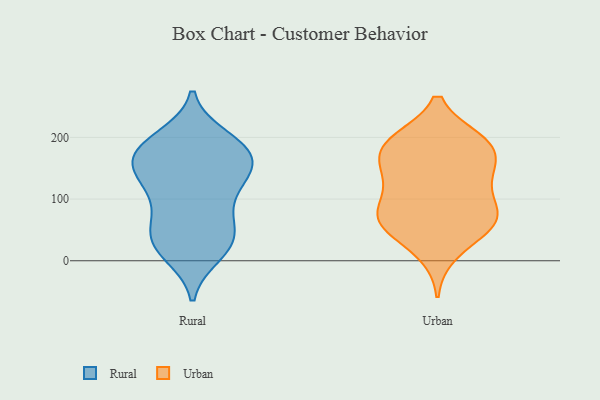
{"axis": {"x": "Production Output", "y": "Value"}, "legend": ["Rural", "Urban"], "data": [{"x": "", "y": 20, "type": "Rural"}, {"x": "", "y": 152, "type": "Rural"}, {"x": "", "y": 185, "type": "Rural"}, {"x": "", "y": 54, "type": "Rural"}, {"x": "", "y": 163, "type": "Rural"}, {"x": "", "y": 69, "type": "Rural"}, {"x": "", "y": 90, "type": "Rural"}, {"x": "", "y": 119, "type": "Rural"}, {"x": "", "y": 119, "type": "Rural"}, {"x": "", "y": 199, "type": "Rural"}, {"x": "", "y": 162, "type": "Rural"}, {"x": "", "y": 142, "type": "Rural"}, {"x": "", "y": 24, "type": "Rural"}, {"x": "", "y": 11, "type": "Rural"}, {"x": "", "y": 34, "type": "Rural"}, {"x": "", "y": 178, "type": "Rural"}, {"x": "", "y": 182, "type": "Rural"}, {"x": "", "y": 189, "type": "Rural"}, {"x": "", "y": 41, "type": "Rural"}, {"x": "", "y": 137, "type": "Rural"}, {"x": "", "y": 180, "type": "Urban"}, {"x": "", "y": 53, "type": "Urban"}, {"x": "", "y": 72, "type": "Urban"}, {"x": "", "y": 50, "type": "Urban"}, {"x": "", "y": 138, "type": "Urban"}, {"x": "", "y": 73, "type": "Urban"}, {"x": "", "y": 157, "type": "Urban"}, {"x": "", "y": 108, "type": "Urban"}, {"x": "", "y": 91, "type": "Urban"}, {"x": "", "y": 192, "type": "Urban"}, {"x": "", "y": 151, "type": "Urban"}, {"x": "", "y": 67, "type": "Urban"}, {"x": "", "y": 64, "type": "Urban"}, {"x": "", "y": 195, "type": "Urban"}, {"x": "", "y": 194, "type": "Urban"}, {"x": "", "y": 12, "type": "Urban"}, {"x": "", "y": 193, "type": "Urban"}, {"x": "", "y": 136, "type": "Urban"}]}